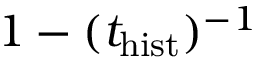
1 - ( t _ { \mathrm { h i s t } } ) ^ { - 1 }